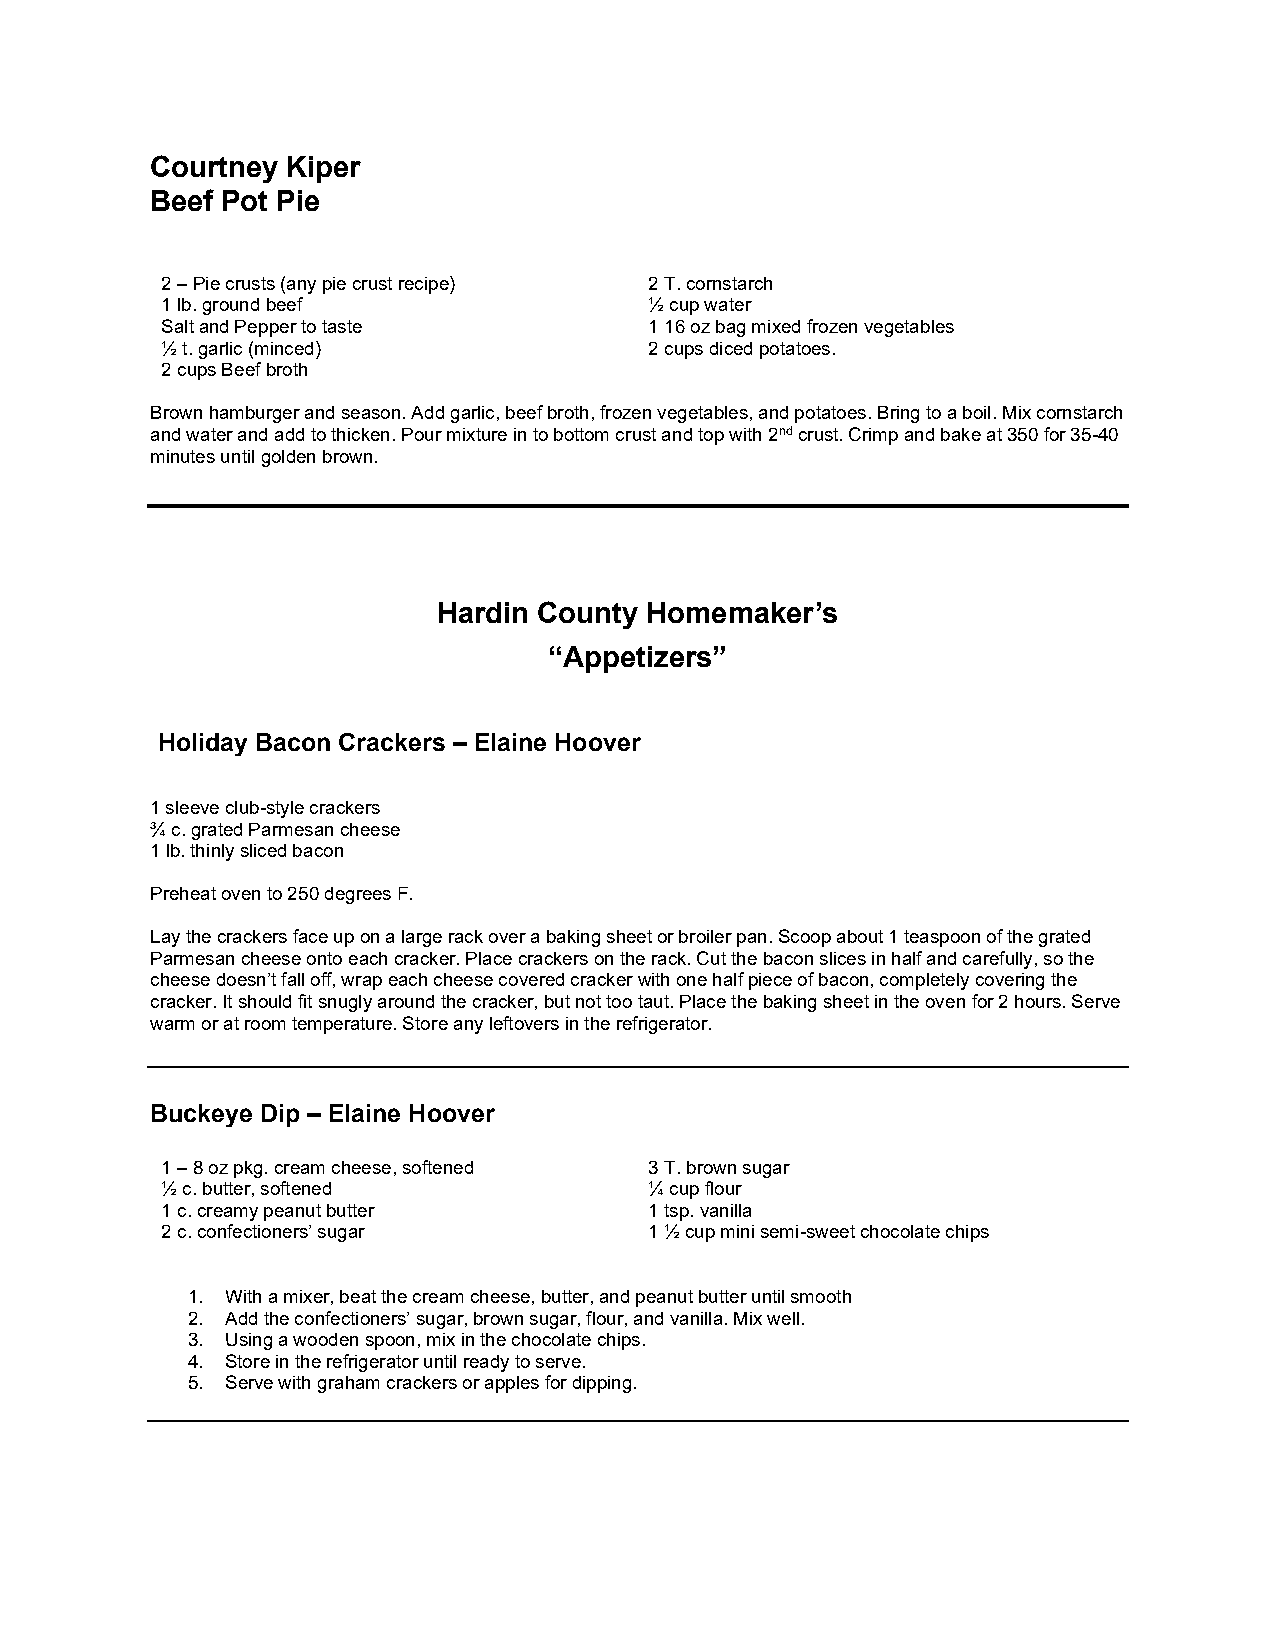
Courtney Kiper
 Beef Pot Pie
 2 – Pie crusts (any pie crust recipe) 2 T. cornstarch
 1 lb. ground beef               ½ cup water
 Salt and Pepper to taste        1 16 oz bag mixed frozen vegetables
 ½ t. garlic (minced)            2 cups diced potatoes.
 2 cups Beef broth
 Brown hamburger and season. Add garlic, beef broth, frozen vegetables, and potatoes. Bring to a boil. Mix cornstarch
 and water and add to thicken. Pour mixture in to bottom crust and top with 2nd crust. Crimp and bake at 350 for 35-40
 minutes until golden brown.
 Hardin County Homemaker’s
 “Appetizers”
 Holiday Bacon Crackers – Elaine Hoover
 1 sleeve club-style crackers
 ¾ c. grated Parmesan cheese
 1 lb. thinly sliced bacon
 Preheat oven to 250 degrees F.
 Lay the crackers face up on a large rack over a baking sheet or broiler pan. Scoop about 1 teaspoon of the grated
 Parmesan cheese onto each cracker. Place crackers on the rack. Cut the bacon slices in half and carefully, so the
 cheese doesn’t fall off, wrap each cheese covered cracker with one half piece of bacon, completely covering the
 cracker. It should fit snugly around the cracker, but not too taut. Place the baking sheet in the oven for 2 hours. Serve
 warm or at room temperature. Store any leftovers in the refrigerator.
 Buckeye Dip – Elaine Hoover
 1 – 8 oz pkg. cream cheese, softened 3 T. brown sugar
 ½ c. butter, softened           ¼ cup flour
 1 c. creamy peanut butter       1 tsp. vanilla
 2 c. confectioners’ sugar       1 ½ cup mini semi-sweet chocolate chips
 1. With a mixer, beat the cream cheese, butter, and peanut butter until smooth
 2. Add the confectioners’ sugar, brown sugar, flour, and vanilla. Mix well.
 3. Using a wooden spoon, mix in the chocolate chips.
 4. Store in the refrigerator until ready to serve.
 5. Serve with graham crackers or apples for dipping.